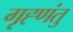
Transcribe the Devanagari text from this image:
गृह्णंतु